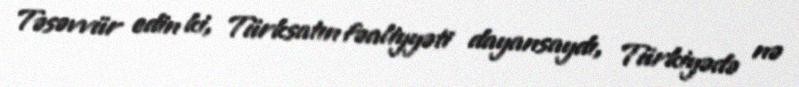
Təsəvvür edin ki, Türksatın fəaliyyəti dayansaydı, Türkiyədə nə